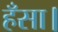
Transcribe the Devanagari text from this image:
हँसा।